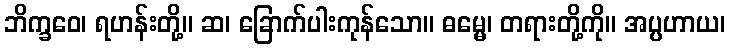
ဘိက္ခဝေ၊ ရဟန်းတို့။ ဆ၊ ခြောက်ပါးကုန်သော။ ဓမ္မေ၊ တရားတို့ကို။ အပ္ပဟာယ၊